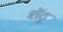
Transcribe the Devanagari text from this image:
शॅटू